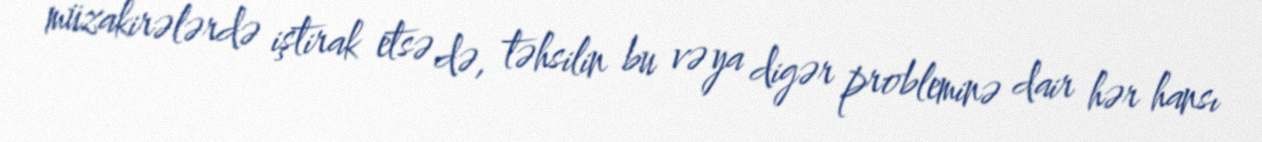
müzakirələrdə iştirak etsə də, təhsilin bu və ya digər probleminə dair hər hansı